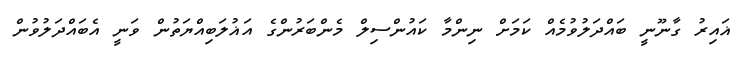
ޣައިރު ގާނޫނީ ބައްދަލުވުމެއް ކަމަށް ނިންމާ ކައުންސިލް މެންބަރުންގެ އަޣުލަބިއްޔަތުން ވަނީ އެބައްދަލުވުން